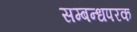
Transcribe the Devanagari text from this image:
सम्बन्धपरक